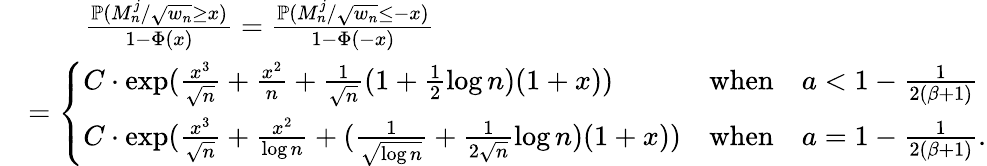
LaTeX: \begin{array}{rl}&{\quad\quad\frac{\mathbb{P}(M_{n}^{j}/\sqrt{w_{n}}\geq x)}{1-\Phi(x)}=\frac{\mathbb{P}(M_{n}^{j}/\sqrt{w_{n}}\leq-x)}{1-\Phi(-x)}}\\ &{=\left\{ \begin{array}{ll}{C\cdot\exp(\frac{x^{3}}{\sqrt{n}}+\frac{x^{2}}{n}+\frac{1}{\sqrt{n}}(1+\frac{1}{2}\log n)(1+x))}&{\mathrm{when}\quad a<1-\frac{1}{2(\beta+1)}}\\ {C\cdot\exp(\frac{x^{3}}{\sqrt{n}}+\frac{x^{2}}{\log n}+(\frac{1}{\sqrt{\log n}}+\frac{1}{2\sqrt{n}}\log n)(1+x))}&{\mathrm{when}\quad a=1-\frac{1}{2(\beta+1)}.}\end{array}\right.}\end{array}